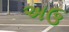
અઉ